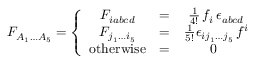
F _ { A _ { 1 } \dots A _ { 5 } } = \left\{ \begin{array} { c c c } { { F _ { i a b c d } } } & { { = } } & { { \frac { 1 } { 4 ! } \, f _ { i } \, \epsilon _ { a b c d } } } \\ { { F _ { j _ { 1 } \dots i _ { 5 } } } } & { { = } } & { { \frac { 1 } { 5 ! } \epsilon _ { i j _ { 1 } \dots j _ { 5 } } \, f ^ { i } } } \\ { { \mathrm { o t h e r w i s e } } } & { { = } } & { { 0 \ } } \end{array} \right.